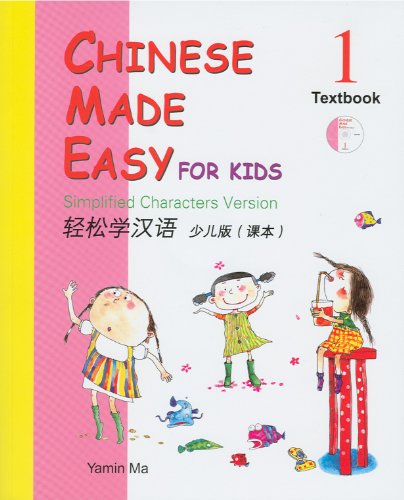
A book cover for Chinese Made Easy for Kids Textbook 1 (Simplified Chinese) (English and Chinese Edition); Yamin Ma; Children's Books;